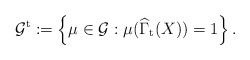
\begin{align*}\mathcal{G}^{\mathrm{t}}:=\left\{ \mu \in \mathcal{G}:\mu (\widehat{\Gamma }_{\mathrm{t}}(X))=1\right\} . \end{align*}